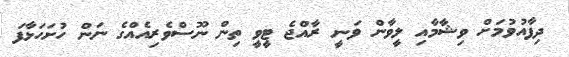
ދިފާއުވުމަށް ވިޝާމާއި ލީވާން ވަނީ ރާއްޖެ ޓީވީ ތިން ނޫސްވެރިއެއްގެ ނަން ހުށަހަޅާފަ